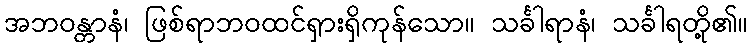
အဘဝန္တာနံ၊ ဖြစ်ရာဘဝထင်ရှားရှိကုန်သော။ သင်္ခါရာနံ၊ သင်္ခါရတို့၏။